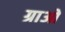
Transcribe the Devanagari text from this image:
ग्राओ